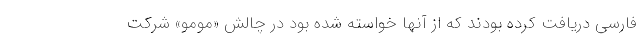
فارسی دریافت کرده بودند که از آنھا خواسته شده بود در چالش «مومو» شرکت